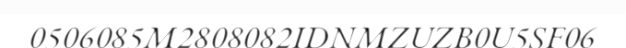
0506085M2808082IDNMZUZB0U5SF06